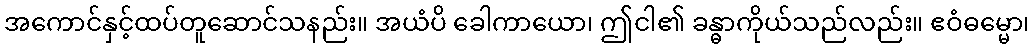
အကောင်နှင့်ထပ်တူဆောင်သနည်း။ အယံပိ ခေါကာယော၊ ဤငါ၏ ခန္ဓာကိုယ်သည်လည်း။ ဧဝံဓမ္မော၊